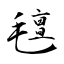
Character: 氊